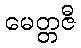
မေတ္တဇီ